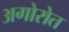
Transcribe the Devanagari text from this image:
अगोरोत